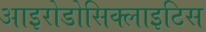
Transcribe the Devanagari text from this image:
आइरोडोसिक्लाइटिस